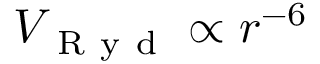
V _ { \mathrm { ~ R ~ y ~ d ~ } } \propto r ^ { - 6 }